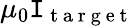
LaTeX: \mu_{0}\mathtt{I}_{\mathrm{{~t~a~r~g~e~t~}}}